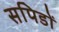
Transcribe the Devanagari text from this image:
सपिडों